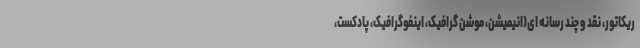
ریکاتور، نقد و چند رسانه ای(انیمیشن، موشن گرافیک، اینفوگرافیک، پادکست،